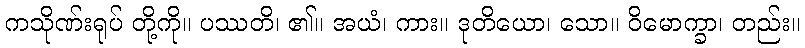
ကသိုဏ်းရုပ် တို့ကို။ ပဿတိ၊ ၏။ အယံ၊ ကား။ ဒုတိယော၊ သော။ ဝိမောက္ခာ၊ တည်း။